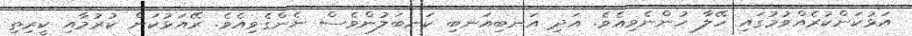
އަޅުކަންކުރެއްވުމުގައި ހޭލާ ހުންނެވިއެވެ. އަދި އަނބިއަނބި ކަނބަލުންވެސް ނެންގެވިއެވެ. ރޭއަޅުކަން ކުރުމާއި ކީރިތި